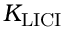
K _ { \mathrm { L I C I } }